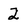
Character: 2